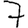
Digit: 7